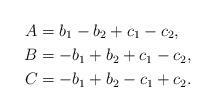
LaTeX: \begin{align*}A&=b_1-b_2+c_1-c_2,\\B&=-b_1+b_2+c_1-c_2,\\ C&=-b_1+b_2-c_1+c_2.\end{align*}